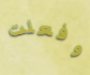
وفعلت